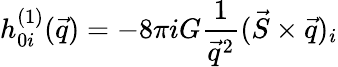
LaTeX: h_{0i}^{(1)}(\vec{q})=-8\pi iG{\frac{1}{\vec{q}^{2}}}(\vec{S}\times\vec{q})_{i}